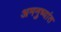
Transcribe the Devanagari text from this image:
अमनुष्यांत